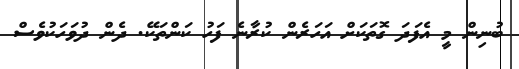
ބުނިން މީ އެފަދަ ގޮތަކަށް އަހަރެން ކުރާނެ ފަހު ކަންތަކޭ. ދެން ދުވަހަކުވެސް